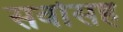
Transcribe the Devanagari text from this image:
सर्वासह